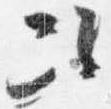
次